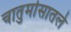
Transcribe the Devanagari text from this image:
चातुर्मासातले